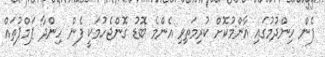
ފެން ހިންދުމުގައި އާންމުކޮށް ކުރިމަތިވި އެންމެ ބޮޑު ގޮންޖެހުމަކީ ފެން ހިންދާ ޕަމްޕުތައް